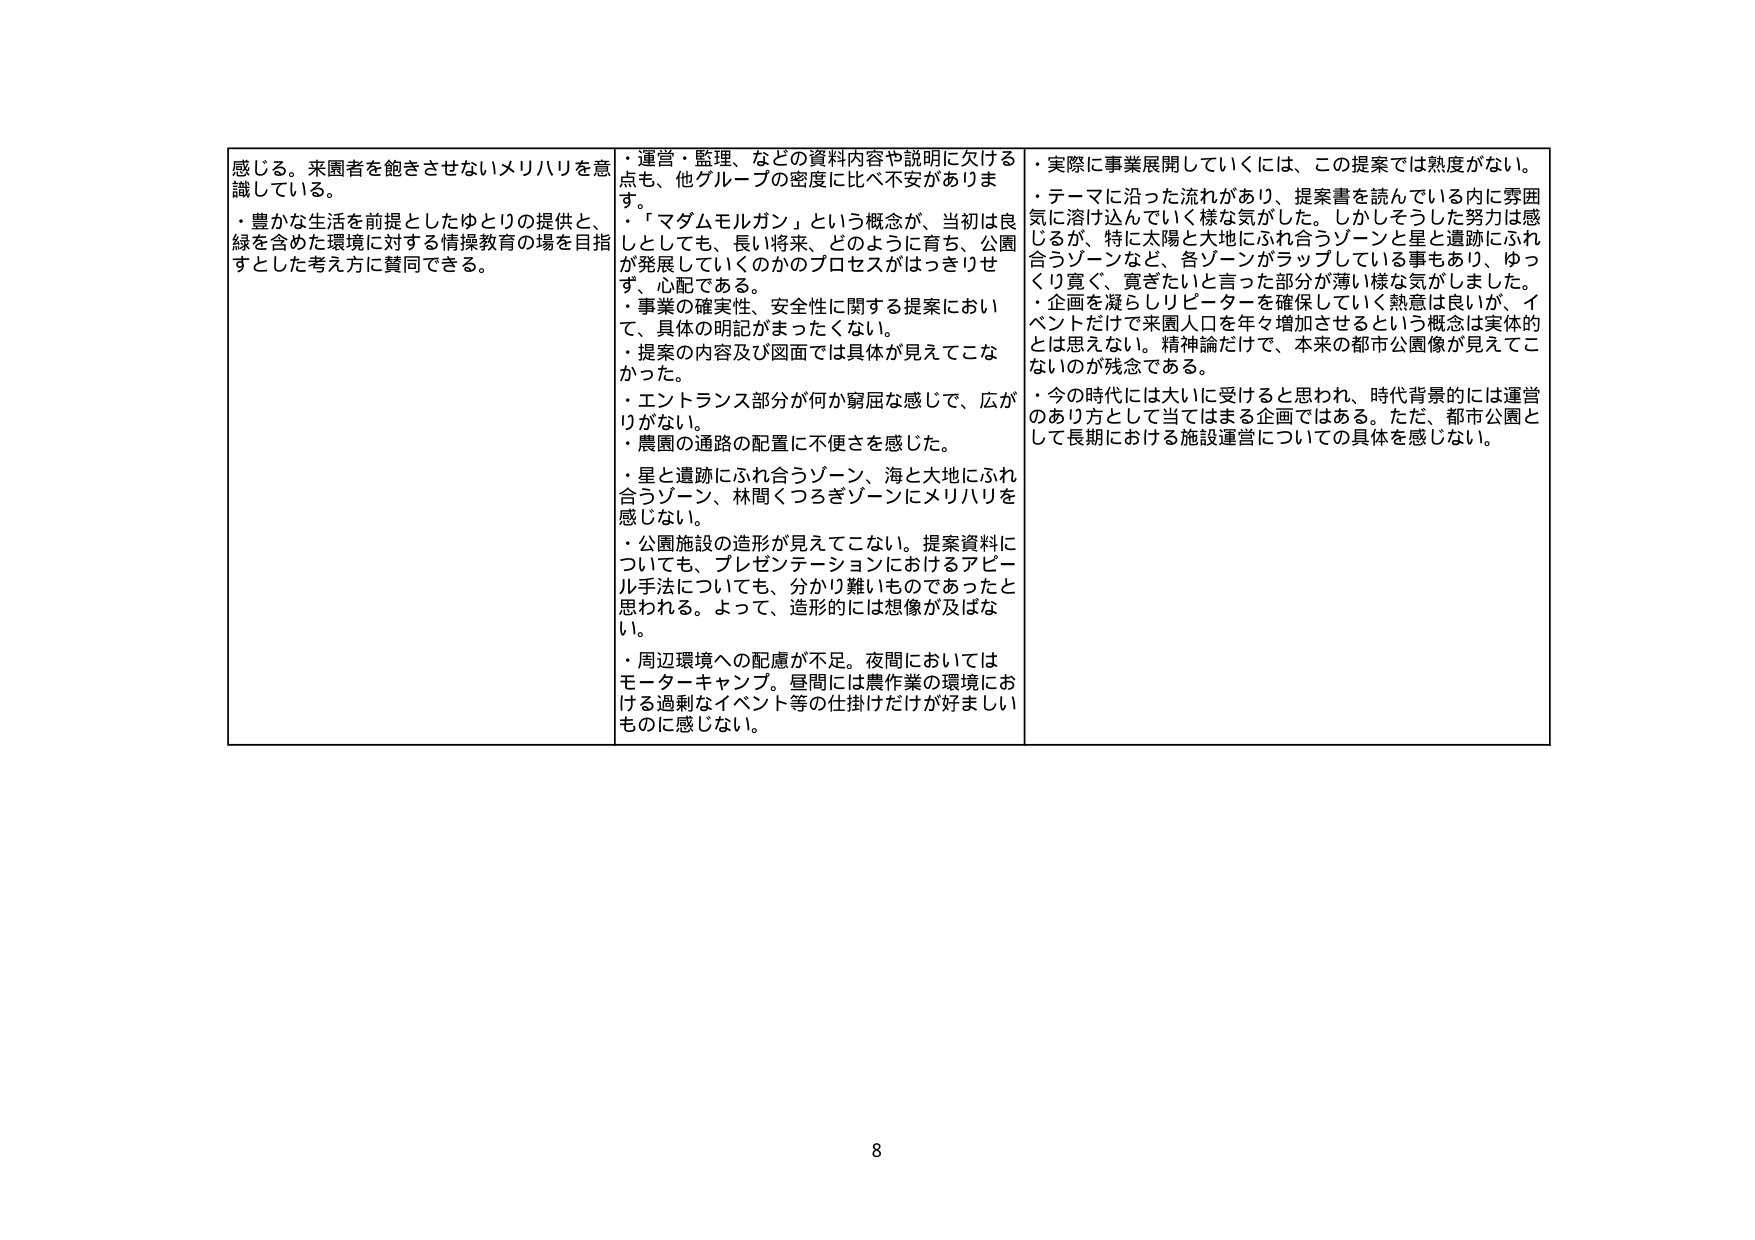
感じる。来園者を飽きさせないメリハリを意識している。
・豊かな生活を前提としたゆとりの提供と、緑を含めた環境に対する情操教育の場を目指すとした考え方に賛同できる。

・運営・監理、などの資料内容や説明に欠ける点も、他グループの密度に比べ不安があります。
・「マダムモルガン」という概念が、当初は良しとしても、長い将来、どのように育ち、公園が発展していくのかのプロセスがはっきりせず、心配である。
・事業の確実性、安全性に関する提案において、具体的明記がまったくない。
・提案の内容及び図面では具体が見えてこなかった。
・エントランス部分が何か窮屈な感じで、広がりがない。
・農園の通路の配置に不便さを感じた。
・星と遺跡にふれ合うゾーン、海と大地にふれ合うゾーン、林間くつろぎゾーンにメリハリを感じない。
・公園施設の造形が見えてこない。提案資料についても、プレゼンテーションにおけるアピール手法についても、分かり難いものであったと思われる。よって、造形的には想像が及ばない。
・周辺環境への配慮が不足。夜間においてはモーターキャンプ。昼間には農作業の環境における過剰なイベント等の仕掛けだけが好ましいものに感じない。

・実際に事業展開していくには、この提案では熟度がない。
・テーマに沿った流れがあり、提案書を読んでいる内に雰囲気に溶け込んでいく様な気がした。しかしそうした努力は感じるが、特に太陽と大地にふれ合うゾーンと星と遺跡にふれ合うゾーンなど、各ゾーンがラップしている事もあり、ゆっくり寛ぐ、寛ぎたいと言った部分が薄い様な気がしました。
・企画を凝らしリピーターを確保していく熱意は良いが、イベントだけで来園人口を年々増加させるという概念は実体的とは思えない。精神論だけで、本来の都市公園像が見えてこないのが残念である。
・今の時代には大いに受けると思われ、時代背景的には運営のあり方として当てはまる企画ではある。ただ、都市公園として長期における施設運営についての具体を感じない。

8